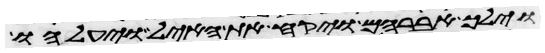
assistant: וילך אברהם ויקח את האיל ויעלהו